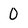
Character: 0